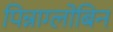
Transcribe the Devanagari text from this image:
पिन्नाग्लोबिन